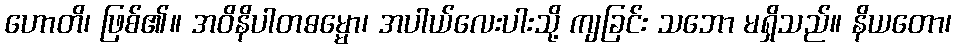
ဟောတိ၊ ဖြစ်၏။ အဝိနိပါတဓမ္မော၊ အပါယ်လေးပါးသို့ ကျခြင်း သဘော မရှိသည်။ နိယတော၊